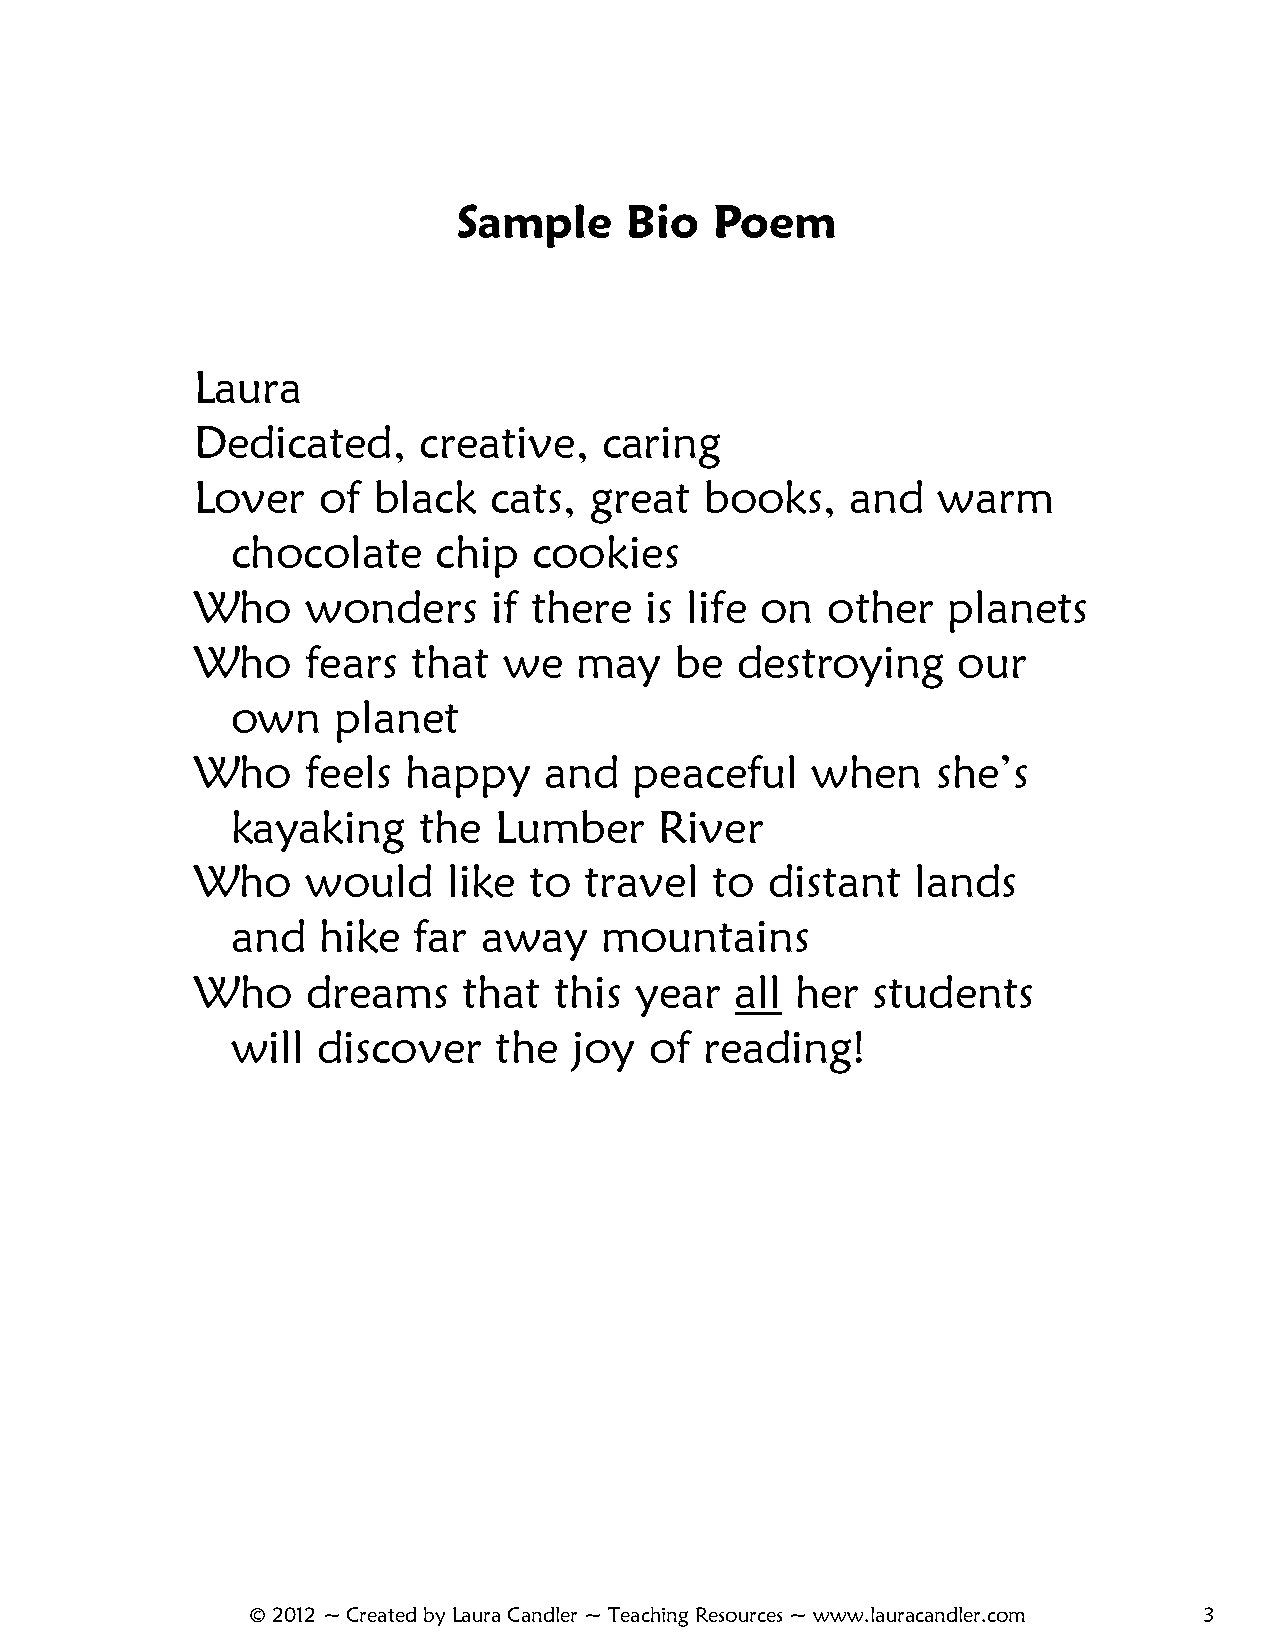
Sample     Bio   Poem
 Laura
 Dedicated,     creative,   caring
 Lover   of  black  cats,  great   books,   and   warm
 chocolate     chip  cookies
 Who    wonders      if there  is life on  other   planets
 Who    fears  that  we   may    be  destroying    our
 own    planet
 Who    feels  happy    and   peaceful    when    she’s
 kayaking     the  Lumber     River
 Who    would     like to  travel  to  distant   lands
 and   hike  far  away    mountains
 Who    dreams     that  this year   all her  students
 will  discover    the  joy  of  reading!
 © 2012 ~ Created by Laura Candler ~ Teaching Resources ~ www.lauracandler.com 3